Indian journal of veterinary science and animal husbandry - Volume 5,
Year: 1935
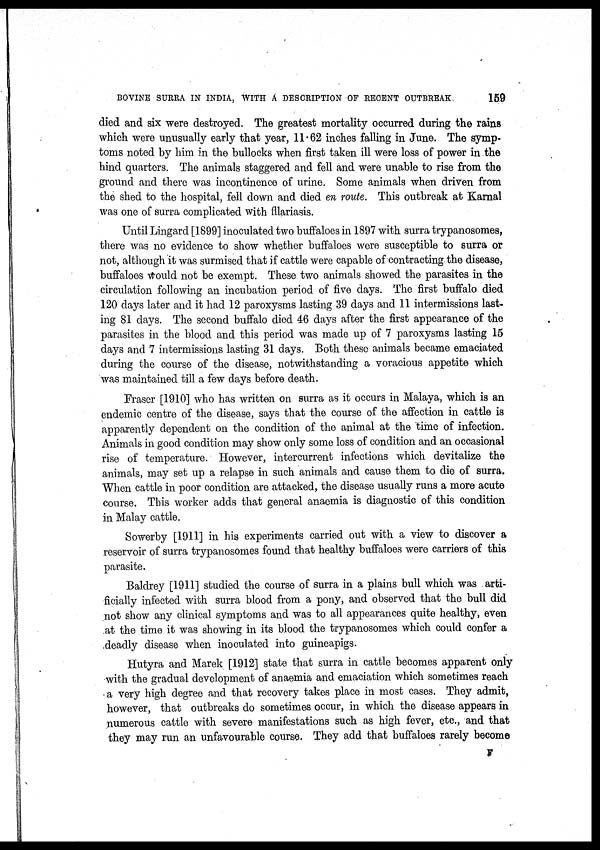
BOVINE SURRA IN INDIA, WITH A DESCRIPTION OF RECENT OUTBREAK
159
died and six were destroyed. The greatest mortality occurred during the rains
which were unusually early that year, 11.62 inches falling in June. The symp-
toms noted by him in the bullocks when first taken ill were loss of power in the
hind quarters. The animals staggered and fell and were unable to rise from the
ground and there was incontinence of urine. Some animals when driven from
the shed to the hospital, fell down and died en route. This outbreak at Karnal
was one of surra complicated with fllariasis.
Until Lingard [1899] inoculated two buffaloes in 1897 with surra trypanosomes,
there was no evidence to show whether buffaloes were susceptible to surra or
not, although it was surmised that if cattle were capable of contracting the disease,
buffaloes would not be exempt. These two animals showed the parasites in the
circulation following an incubation period of five days. The first buffalo died
120 days later and it had 12 paroxysms lasting 39 days and 11 intermissions last-
ing 81 days. The second buffalo died 46 days after the first appearance of the
parasites in the blood and this period was made up of 7 paroxysms lasting 15
days and 7 intermissions lasting 31 days. Both these animals became emaciated
during the course of the disease, notwithstanding a voracious appetite which
was maintained till a few days before death.
Fraser [1910] who has written on surra as it occurs in Malaya, which is an
endemic centre of the disease, says that the course of the affection in cattle is
apparently dependent on the condition of the animal at the time of infection.
Animals in good condition may show only some loss of condition and an occasional
rise of temperature. However, intercurrent infections which devitalize the
animals, may set up a relapse in such animals and cause them to die of surra.
When cattle in poor condition are attacked, the disease usually runs a more acute
course. This worker adds that general anaemia is diagnostic of this condition
in Malay cattle.
Sowerby [1911] in his experiments carried out with a view to discover a
reservoir of surra trypanosomes found that healthy buffaloes were carriers of this
parasite.
Baldrey [1911] studied the course of surra in a plains bull which was arti-
ficially infected with surra blood from a pony, and observed that the bull did
not show any clinical symptoms and was to all appearances quite healthy, even
at the time it was showing in its blood the trypanosomes which could confer a
deadly disease when inoculated into guineapigs.
Hutyra and Marek [1912] state that surra in cattle becomes apparent only
with the gradual development of anaemia and emaciation which sometimes reach
a very high degree and that recovery takes place in most cases. They admit,
however, that outbreaks do sometimes occur, in which the disease appears in
numerous cattle with severe manifestations such as high fever, etc., and that
they may run an unfavourable course. They add that buffaloes rarely become
F